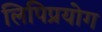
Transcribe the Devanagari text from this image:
लिपिप्रयोग